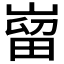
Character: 𫶌